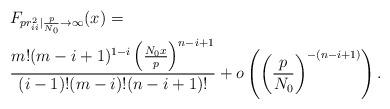
LaTeX: \begin{align*}&F_{p r^{2}_{ii}|\frac{p}{N_{0}}\rightarrow \infty}(x)=\\&\frac{m!(m-i+1)^{1-i}\left(\frac{N_{0}x}{p}\right)^{n-i+1}}{(i-1)!(m-i)!(n-i+1)!}+o\left(\left(\frac{p}{N_{0}}\right)^{-(n-i+1)}\right).\end{align*}